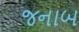
જનાબ